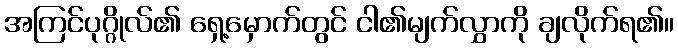
အကြင်ပုဂ္ဂိုလ်၏ ရှေ့မှောက်တွင် ငါ၏မျက်လွှာကို ချလိုက်ရ၏။